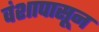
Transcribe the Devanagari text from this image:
वंशापासून